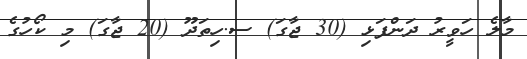
މާލެ ހަވީރު ދަންފަޅި (30 ޖާގަ) ސ.ހިތަދޫ (20 ޖާގަ) މި ކޯހުގެ